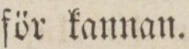
för kannan.